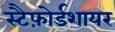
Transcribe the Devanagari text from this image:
स्टैफ़ोर्डशायर